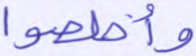
وأخلصوا